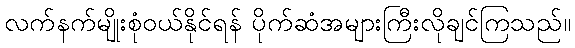
လက်နက်မျိုးစုံဝယ်နိုင်ရန် ပိုက်ဆံအများကြီးလိုချင်ကြသည်။